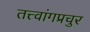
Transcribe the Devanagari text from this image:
तत्त्वांगप्रचुर